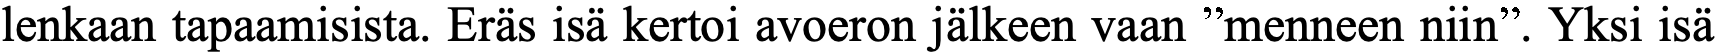
lenkaan tapaamisista. Eräs isä kertoi avoeron jälkeen vaan ”menneen niin”. Yksi isä